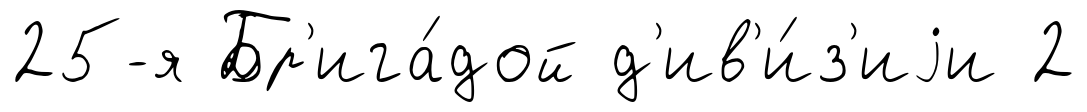
25-я Бр'ига́дой д'ив'и́з'иjи 2